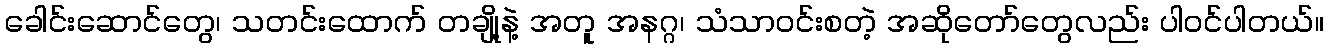
ခေါင်းဆောင်တွေ၊ သတင်းထောက် တချို့နဲ့ အတူ အနဂ္ဂ၊ သံသာဝင်းစတဲ့ အဆိုတော်တွေလည်း ပါဝင်ပါတယ်။